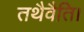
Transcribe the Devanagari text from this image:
तथैवैति।